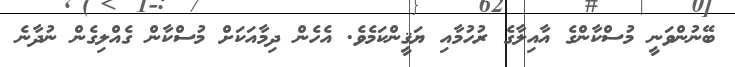
ބޭނުންވަނީ މުސްކާންގެ އާއިލާގެ ރުހުމާއި ޔަޤީންކަމެވެ. އެހެން ދިމާއަކަށް މުސްކާން ގެއްލިގެން ނުދާނެ